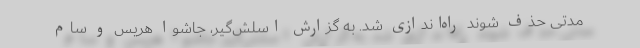
مدتی حذف شوند راه‌اندازی شد. به گزارش اسلش‌گیر، جاشوا هریس و سام